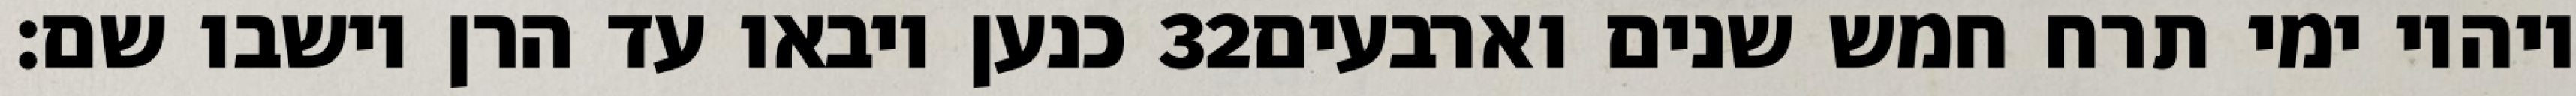
כנען ויבאו עד הרן וישבו שם׃ ‎32‏ ויהיו ימי תרח חמש שנים וארבעים